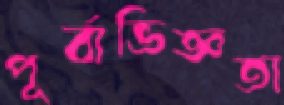
পূর্বাভিজ্ঞতা